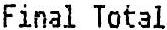
FINAL TOTAL